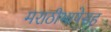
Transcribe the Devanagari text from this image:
मराठीभाषेसह